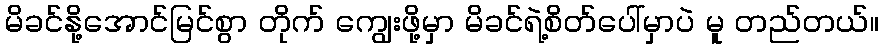
မိခင်နို့အောင်မြင်စွာ တိုက် ကျွေးဖို့မှာ မိခင်ရဲ့စိတ်ပေါ်မှာပဲ မူ တည်တယ်။